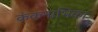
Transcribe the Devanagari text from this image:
कंकनाभिका